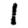
Digit: 1